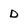
Character: D